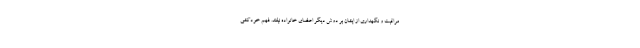
مراقبت و نگهداری از ایشان بر دوش دیگر اعضای خانواده نیفتد. فهم خودکشی